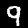
Digit: 9